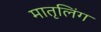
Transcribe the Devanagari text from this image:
मातृलिंग